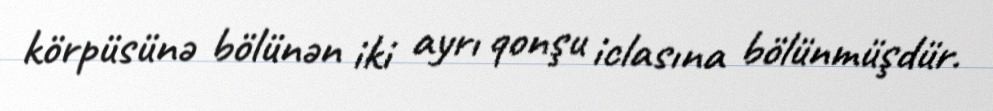
körpüsünə bölünən iki ayrı qonşu iclasına bölünmüşdür.